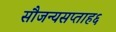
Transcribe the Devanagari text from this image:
सौजन्यसप्ताह६